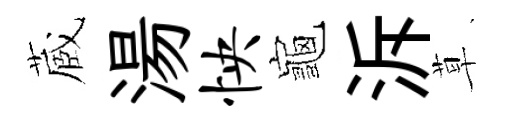
蔵湯怏龜泝草